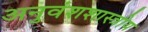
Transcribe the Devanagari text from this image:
अनुवंशशास्त्रीय